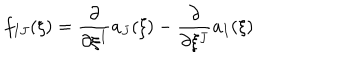
f _ { I J } ( \xi ) = \frac { \partial } { \partial \xi ^ { I } } a _ { J } ( \xi ) - \frac { \partial } { \partial \xi ^ { J } } a _ { I } ( \xi )